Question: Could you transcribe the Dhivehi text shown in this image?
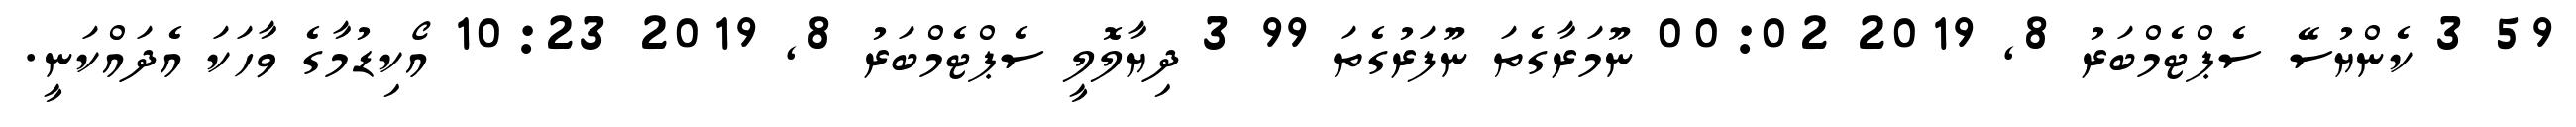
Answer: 59 3 ކެންޔުސޭ ސެޕްޓެމްބަރު 8, 2019 00:02 ނޫމަރާގެތަ ނޫފަރުގެތަ 99 3 ދިޔާލޮލީ ސެޕްޓެމްބަރު 8, 2019 10:23 އޯކިޑުމާގެ ވާހަކަ އެދައްކަނީ.